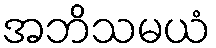
အဘိသမယံ